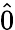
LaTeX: \hat{0}